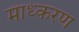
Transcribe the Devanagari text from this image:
माध्करण